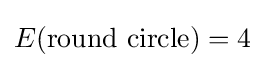
E({\text{round circle}})=4